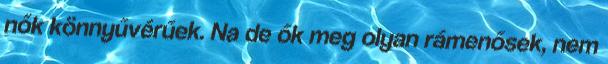
nők könnyűvérűek. Na de ők meg olyan rámenősek, nem